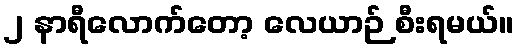
၂ နာရီလောက်တော့ လေယာဉ် စီးရမယ်။